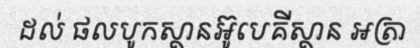
ដល់ ផលបូកស្ថានអ៊ូបេគីស្ថាន អត្រា